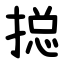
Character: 搃